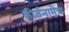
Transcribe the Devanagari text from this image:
कीर्तनानेच